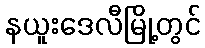
နယူးဒေလီမြို့တွင်